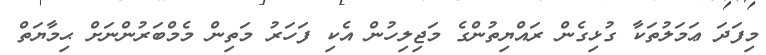
މިފަދަ ޢަމަލުތަކާ ގުޅިގެން ރައްޔިތުންގެ މަޖިލިހުން އެކި ފަހަރު މަތިން މެމްބަރުންނަށް ޙިމާޔަތް